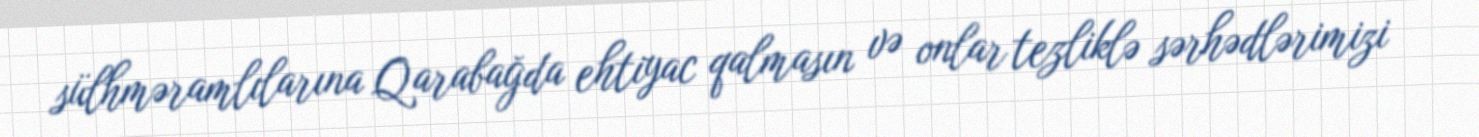
sülhməramlılarına Qarabağda ehtiyac qalmasın və onlar tezliklə sərhədlərimizi